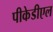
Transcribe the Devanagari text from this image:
पीकेडीएल